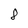
Character: 8